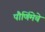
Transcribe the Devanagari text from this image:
पौर्णिमेचे